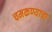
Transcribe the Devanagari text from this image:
चमकण्याचा